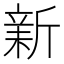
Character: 𣂺